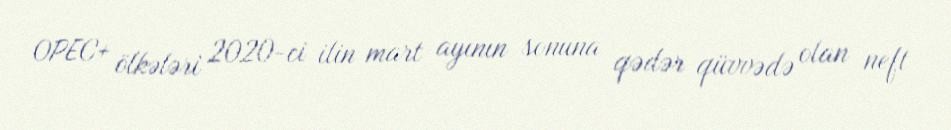
OPEC+ ölkələri 2020-ci ilin mart ayının sonuna qədər qüvvədə olan neft